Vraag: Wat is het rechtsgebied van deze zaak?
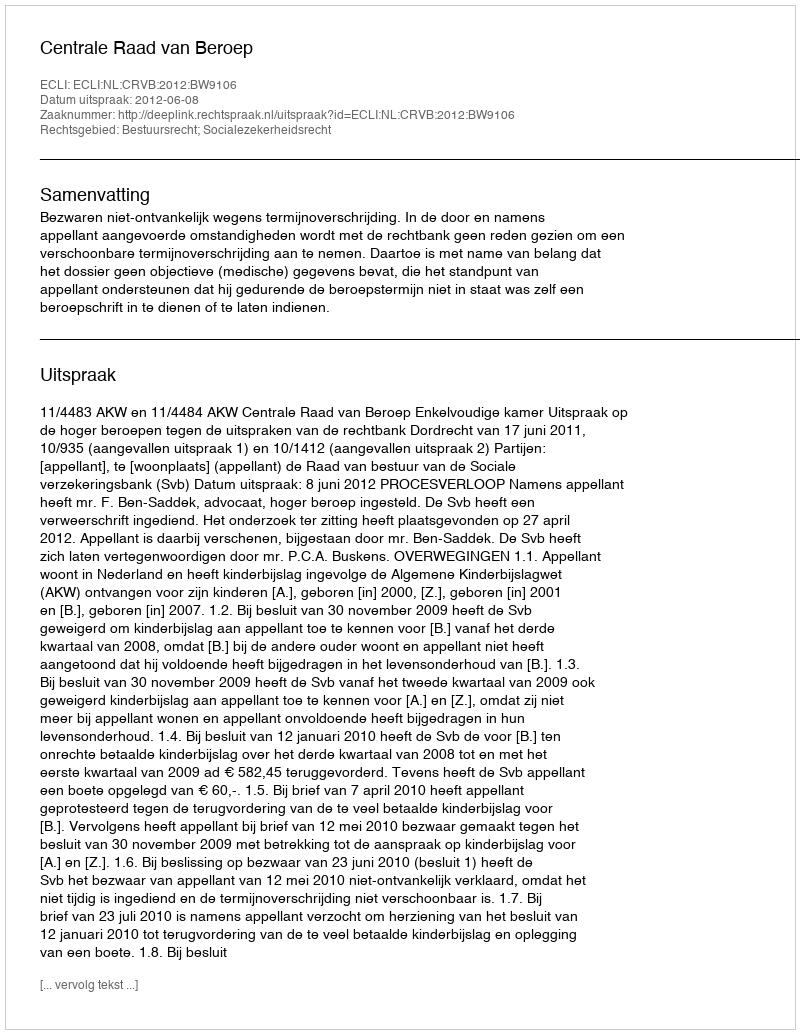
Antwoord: Bestuursrecht; Socialezekerheidsrecht